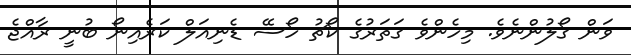
ވަން ގޯލުންނެވެ. މިހެންވެ ގަތަރުގެ ކޯޗު ހޯސޭ ޑެނިއަލް ކަރެއިނޯ ބުނީ ރާއްޖެ